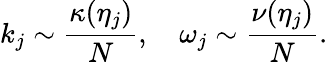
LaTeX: k_{j}\sim\frac{\kappa(\eta_{j})}{N},\quad\omega_{j}\sim\frac{\nu(\eta_{j})}{N}.